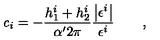
{ \it c } _ { i } = - \frac { h _ { 1 } ^ { i } + h _ { 2 } ^ { i } } { \alpha ^ { \prime } 2 \pi } \frac { \left| \epsilon ^ { i } \right| } { \epsilon ^ { i } } \qquad ,